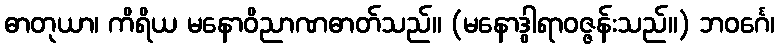
ဓာတုယာ၊ ကိရိယ မနောဝိညာဏဓာတ်သည်။ (မနောဒွါရာဝဇ္ဇန်းသည်။) ဘဝင်္ဂေ၊